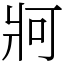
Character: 牁